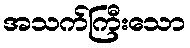
အသက်ကြီးသော